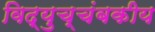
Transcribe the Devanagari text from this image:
विद्युच्चंबकीय